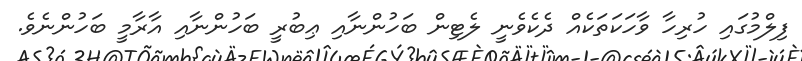
ފިލްމުގައި ހުރިހާ ވާހަކަތަކެއް ދެކެވެނީ ލެޓިން ބަހުންނާއި ޢިބުރީ ބަހުންނާއި އާރާމީ ބަހުންނެވެ.